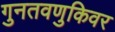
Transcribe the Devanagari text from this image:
गुनतवणुकिवर